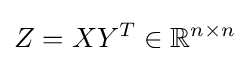
Z=XY^{T}\in \mathbb {R} ^{n\times n}